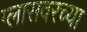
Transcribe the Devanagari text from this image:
ग्लासवरच्या